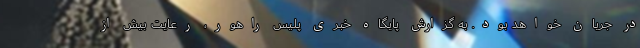
در جریان خواهد بود. به گزارش پایگاه خبری پلیس راهور، رعایت بیش از